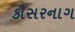
કૌસરનાગ